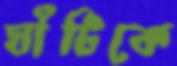
ঘাঁটিকে